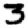
Digit: 3